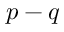
p - q